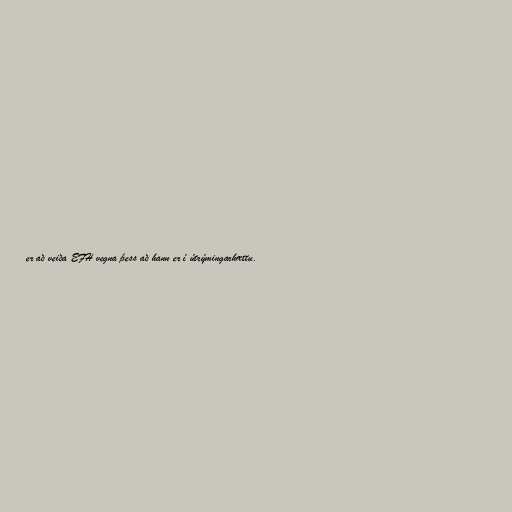
er að veiða EFH vegna þess að hann er í útrýmingarhættu.